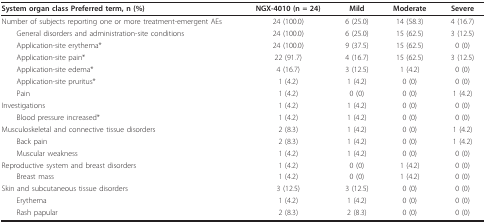
<table><thead><tr><td><b>System organ class Preferred term, n (%)</b></td><td><b>NGX-4010 (n = 24)</b></td><td><b>Mild</b></td><td><b>Moderate</b></td><td><b>Severe</b></td></tr></thead><tbody><tr><td>Number of subjects reporting one or more treatment-emergent AEs</td><td>24 (100.0)</td><td>6 (25.0)</td><td>14 (58.3)</td><td>4 (16.7)</td></tr><tr><td> General disorders and administration-site conditions</td><td>24 (100.0)</td><td>6 (25.0)</td><td>15 (62.5)</td><td>3 (12.5)</td></tr><tr><td> Application-site erythema*</td><td>24 (100.0)</td><td>9 (37.5)</td><td>15 (62.5)</td><td>0 (0)</td></tr><tr><td> Application-site pain*</td><td>22 (91.7)</td><td>4 (16.7)</td><td>15 (62.5)</td><td>3 (12.5)</td></tr><tr><td> Application-site edema*</td><td>4 (16.7)</td><td>3 (12.5)</td><td>1 (4.2)</td><td>0 (0)</td></tr><tr><td> Application-site pruritus*</td><td>1 (4.2)</td><td>1 (4.2)</td><td>0 (0)</td><td>0 (0)</td></tr><tr><td> Pain</td><td>1 (4.2)</td><td>0 (0)</td><td>0 (0)</td><td>1 (4.2)</td></tr><tr><td>Investigations</td><td>1 (4.2)</td><td>1 (4.2)</td><td>0 (0)</td><td>0 (0)</td></tr><tr><td> Blood pressure increased*</td><td>1 (4.2)</td><td>1 (4.2)</td><td>0 (0)</td><td>0 (0)</td></tr><tr><td>Musculoskeletal and connective tissue disorders</td><td>2 (8.3)</td><td>1 (4.2)</td><td>0 (0)</td><td>1 (4.2)</td></tr><tr><td> Back pain</td><td>2 (8.3)</td><td>1 (4.2)</td><td>0 (0)</td><td>1 (4.2)</td></tr><tr><td> Muscular weakness</td><td>1 (4.2)</td><td>1 (4.2)</td><td>0 (0)</td><td>0 (0)</td></tr><tr><td>Reproductive system and breast disorders</td><td>1 (4.2)</td><td>0 (0)</td><td>1 (4.2)</td><td>0 (0)</td></tr><tr><td> Breast mass</td><td>1 (4.2)</td><td>0 (0)</td><td>1 (4.2)</td><td>0 (0)</td></tr><tr><td>Skin and subcutaneous tissue disorders</td><td>3 (12.5)</td><td>3 (12.5)</td><td>0 (0)</td><td>0 (0)</td></tr><tr><td> Erythema</td><td>1 (4.2)</td><td>1 (4.2)</td><td>0 (0)</td><td>0 (0)</td></tr><tr><td> Rash papular</td><td>2 (8.3)</td><td>2 (8.3)</td><td>0 (0)</td><td>0 (0)</td></tr></tbody></table>